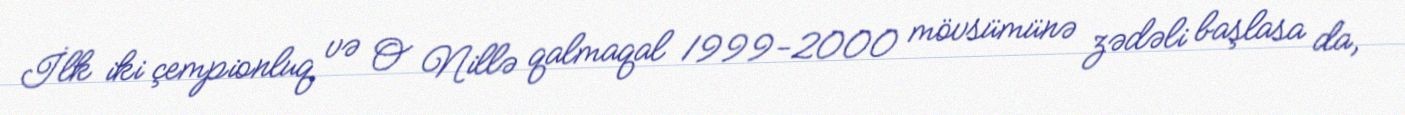
İlk iki çempionluq və O Nillə qalmaqal 1999-2000 mövsümünə zədəli başlasa da,